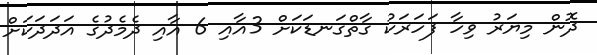
ދޮން މިޔަރު ވިހާ ފަހަރަކު ގާތްގަނޑަކަށް 3އާއި 6 އާއި ދެމެދުގެ އަދަދަކަށް